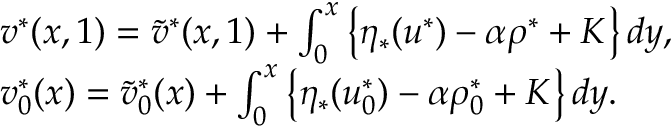
\begin{array} { r l } & { v ^ { * } ( x , 1 ) = \tilde { v } ^ { * } ( x , 1 ) + \int _ { 0 } ^ { x } \left\{ \eta _ { \ast } ( u ^ { * } ) - \alpha \rho ^ { * } + K \right\} d y , } \\ & { v _ { 0 } ^ { * } ( x ) = \tilde { v } _ { 0 } ^ { * } ( x ) + \int _ { 0 } ^ { x } \left\{ \eta _ { \ast } ( u _ { 0 } ^ { * } ) - \alpha \rho _ { 0 } ^ { * } + K \right\} d y . } \end{array}